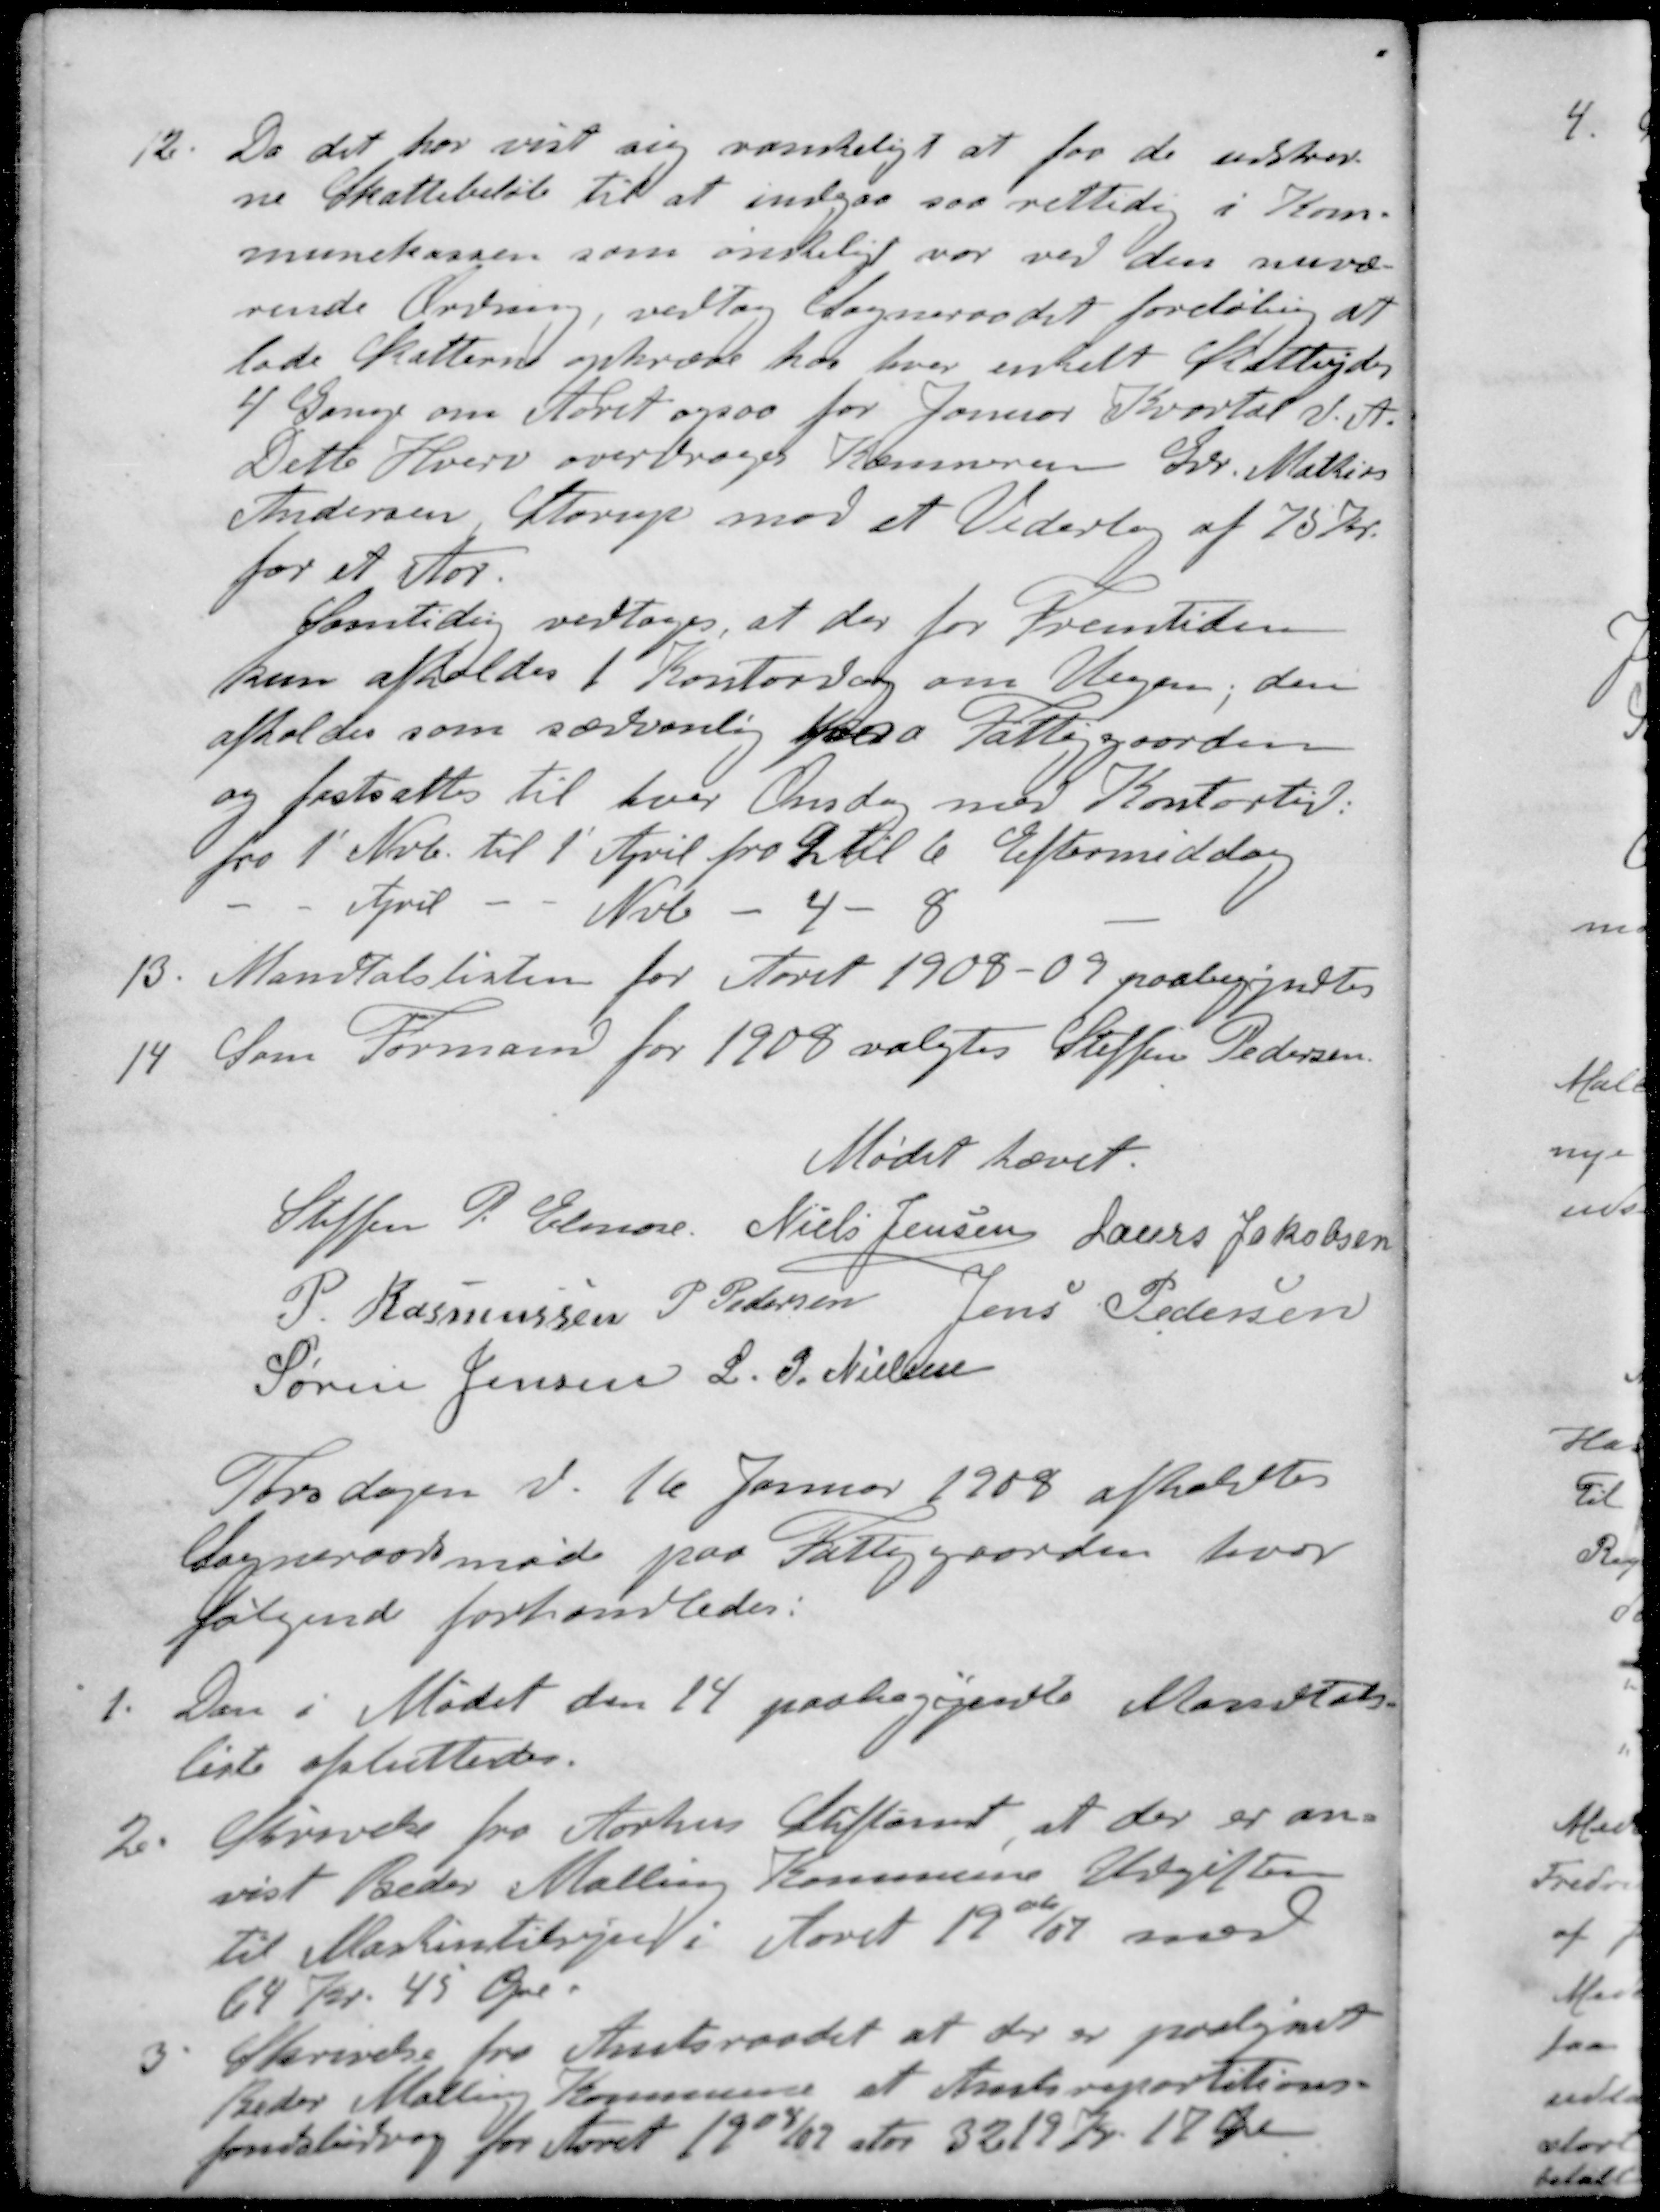
Transskription:
12. Da det har vist sig vanskeligt at faa de udskrev-
ne Skattebeløb til at indgaa saa rettidig i Kom-
munekassen som ønskeligt var ved den nuvæ-
rende Ordning, vedtog Sogneraadet foreløbig at
lade Skatterne opkræve hos hver enkelt Statteyder
4 Gange om Aaret ogsaa for Januar Kvartal d. A.
Dette Hverv overdroges Kæmneren Gdr. Mathies
Andersen Starup mod et Vederlag af 75 Kr.
for et Aar
Samtidig vedtoges, at der for fremtiden
kun afholdes 1 Kontordag om Ugen, den
afholdes som sædvanlig paa Fattiggaarden
og fastsattes til hver Onsdag med Kontortid
fra 1' Nvb. til 1' April fra 2 til 6 Eftermiddag
- - April - - Nvb - 4 - 8 -
13. Mandtalslisten for Aaret 1908-09 paabegyndtes
14. Som Formand for 1908 valgtes Steffen Pedersen
Mødet hævet.
Steffen P. Elmose
Niels Jensen
Laurs Jakobsen
P. Rasmussen
P Pedersen
Jens Pedersen
Søren Jensen
L. P Nielsen
Tirsdagen d. 16 Januar 1908 afholdtes
Sogneraadsmøde paa Fattiggaarden, hvor
følgende forhandledes:
1. Den i Mødet den 14 paabegyndte Mandtals-
liste afsluttedes.
2. Skrivelse fra Aarhus Stiftamt, at der er an-
vist Beder Malling Kommune Udgiften
til Maskintilsyn i Aaret 1906/07 med
64 Kr. 45 Øre.
3. Skrivelse fra Amtsraadet at der er paalignet
Beder Malling Kommune at Amtsrepartitions-
fondsbidrag for Aaret 1908/09 stor 3219 Kr. 17 Øre